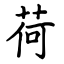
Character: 荷